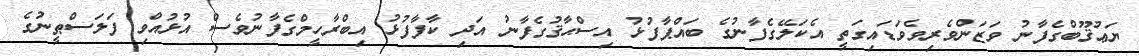
ޔަޢުޤޫބްގެފާނު ވަޒަންވެރިވެވަޑައިގަތީ އެކަލޭގެފާނުގެ ބައްޕާފުޅު އިސްޙާޤުގެފާނު އަދި ކާފާފުޅު އިބްރާހީމްގެފާނުވެސް އުޅުއްވި ފަލަސްޠީނުގެ